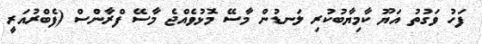
ފަހު ވަގުތު އަޔޫ ކާމިޔާބުކުރި ލަނޑުން މާސޭ މޮޅުވެއްޖެ މާސޭ ފްރާންސް (ފެބްރުއަރީ